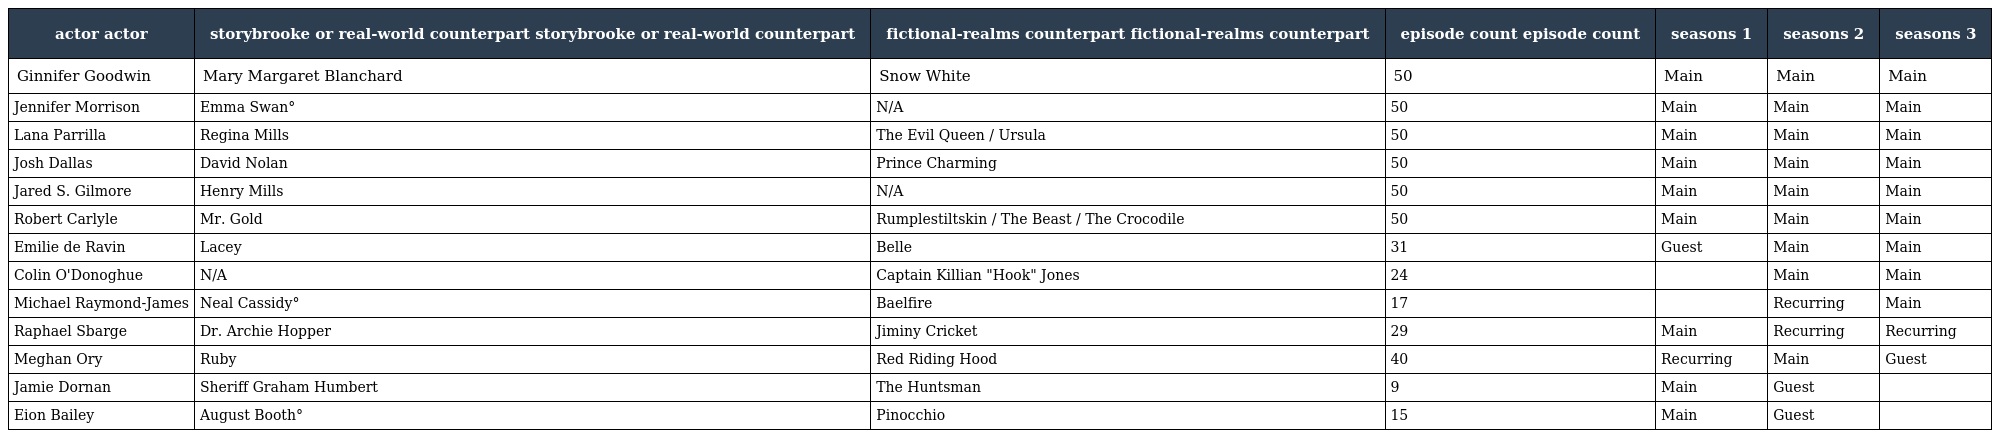
| actor actor | storybrooke or real-world counterpart storybrooke or real-world counterpart | fictional-realms counterpart fictional-realms counterpart | episode count episode count | seasons 1 | seasons 2 | seasons 3 |
 | --- | --- | --- | --- | --- | --- | --- |
 | Ginnifer Goodwin | Mary Margaret Blanchard | Snow White | 50 | Main | Main | Main |
 | Jennifer Morrison | Emma Swan° | N/A | 50 | Main | Main | Main |
 | Lana Parrilla | Regina Mills | The Evil Queen / Ursula | 50 | Main | Main | Main |
 | Josh Dallas | David Nolan | Prince Charming | 50 | Main | Main | Main |
 | Jared S. Gilmore | Henry Mills | N/A | 50 | Main | Main | Main |
 | Robert Carlyle | Mr. Gold | Rumplestiltskin / The Beast / The Crocodile | 50 | Main | Main | Main |
 | Emilie de Ravin | Lacey | Belle | 31 | Guest | Main | Main |
 | Colin O'Donoghue | N/A | Captain Killian "Hook" Jones | 24 |  | Main | Main |
 | Michael Raymond-James | Neal Cassidy° | Baelfire | 17 |  | Recurring | Main |
 | Raphael Sbarge | Dr. Archie Hopper | Jiminy Cricket | 29 | Main | Recurring | Recurring |
 | Meghan Ory | Ruby | Red Riding Hood | 40 | Recurring | Main | Guest |
 | Jamie Dornan | Sheriff Graham Humbert | The Huntsman | 9 | Main | Guest |  |
 | Eion Bailey | August Booth° | Pinocchio | 15 | Main | Guest |  |